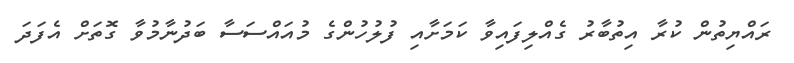
ރައްޔިތުން ކުރާ އިތުބާރު ގެއްލިފައިވާ ކަމަށާއި ފުލުހުންގެ މުއައްސަސާ ބަދުނާމުވާ ގޮތަށް އެފަދަ